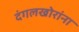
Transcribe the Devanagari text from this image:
दंगलखोरांना